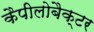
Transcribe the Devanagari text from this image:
कैपीलोबैक्टर